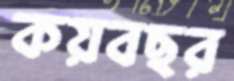
কয়বছর